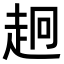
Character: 𧺸